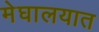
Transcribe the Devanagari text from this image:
मेघालयात